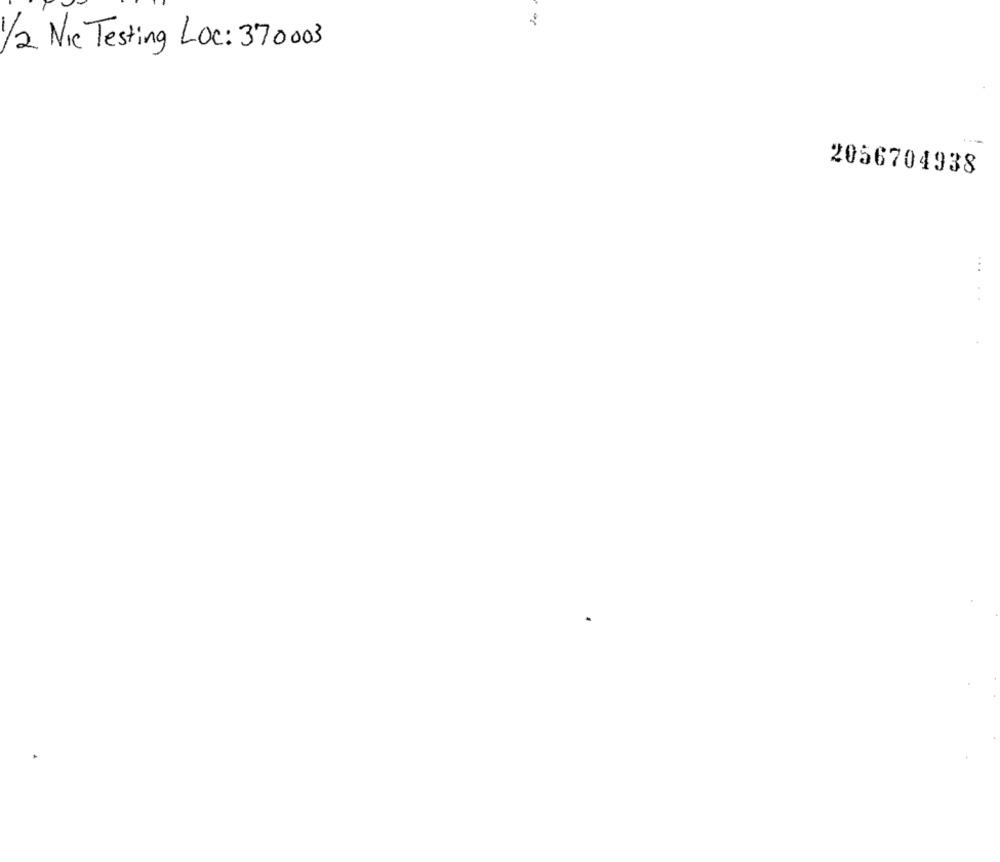
1/2 Nic Testing Loc: 370003
2056704938
...